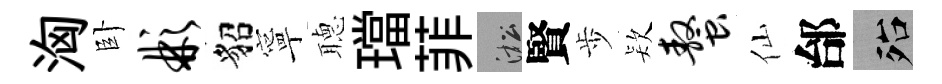
洶卧彬貂寧𦗟璫菲淞賢歩𣣇螯仙邰殆